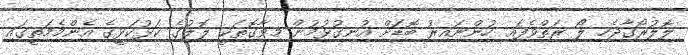
ލޮލުރޯގާޖެހި ލޯ ރަތްވެފައި ހުންނައިރު ބޮޑަށް އުނގުޅުމުން މިވާގޮތަކީ ލޮލުގެ ކަޅުކަޅީގެ އެންމެމަތީގައި